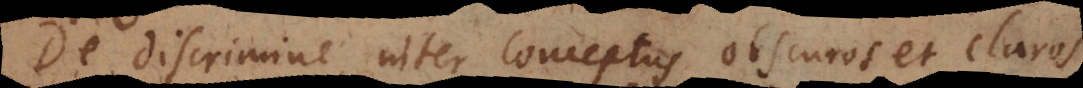
De discrimine inter conceptus obscuros et claros